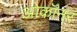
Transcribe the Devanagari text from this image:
ओकॉनर